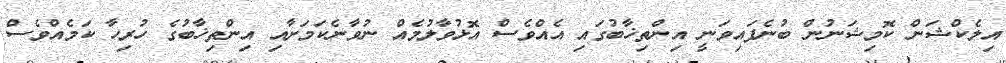
އިލެކްޝަން ކޮމިޝަނުން ބުނެފައިވަނީ އިންތިޚާބުގައި އެއްވެސް އޮޅުވާލުމެއް ނުވާނެކަމަށާއި އިންތިޚާބުގެ ހުރިހާ ކަމެއްވެސް